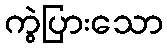
ကွဲပြားသော